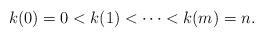
LaTeX: \begin{align*}k(0) = 0 < k(1) < \cdots < k(m) = n.\end{align*}